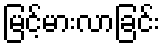
မြင့်မားလာခြင်း